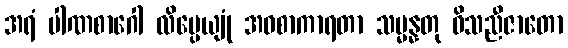
အရံ ပါဏစာဂေါ လိမ္ပေယျုံ အဝစာကာရတာ သမ္မန္နတု ဝိသညီဇာတော